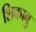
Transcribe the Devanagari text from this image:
शिकावु